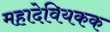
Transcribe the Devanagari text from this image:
महादेवियकक